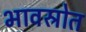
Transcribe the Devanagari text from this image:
भावस्रोत